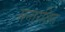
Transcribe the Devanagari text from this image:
सन्तरक्षित